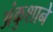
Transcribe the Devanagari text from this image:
अंकुशाने